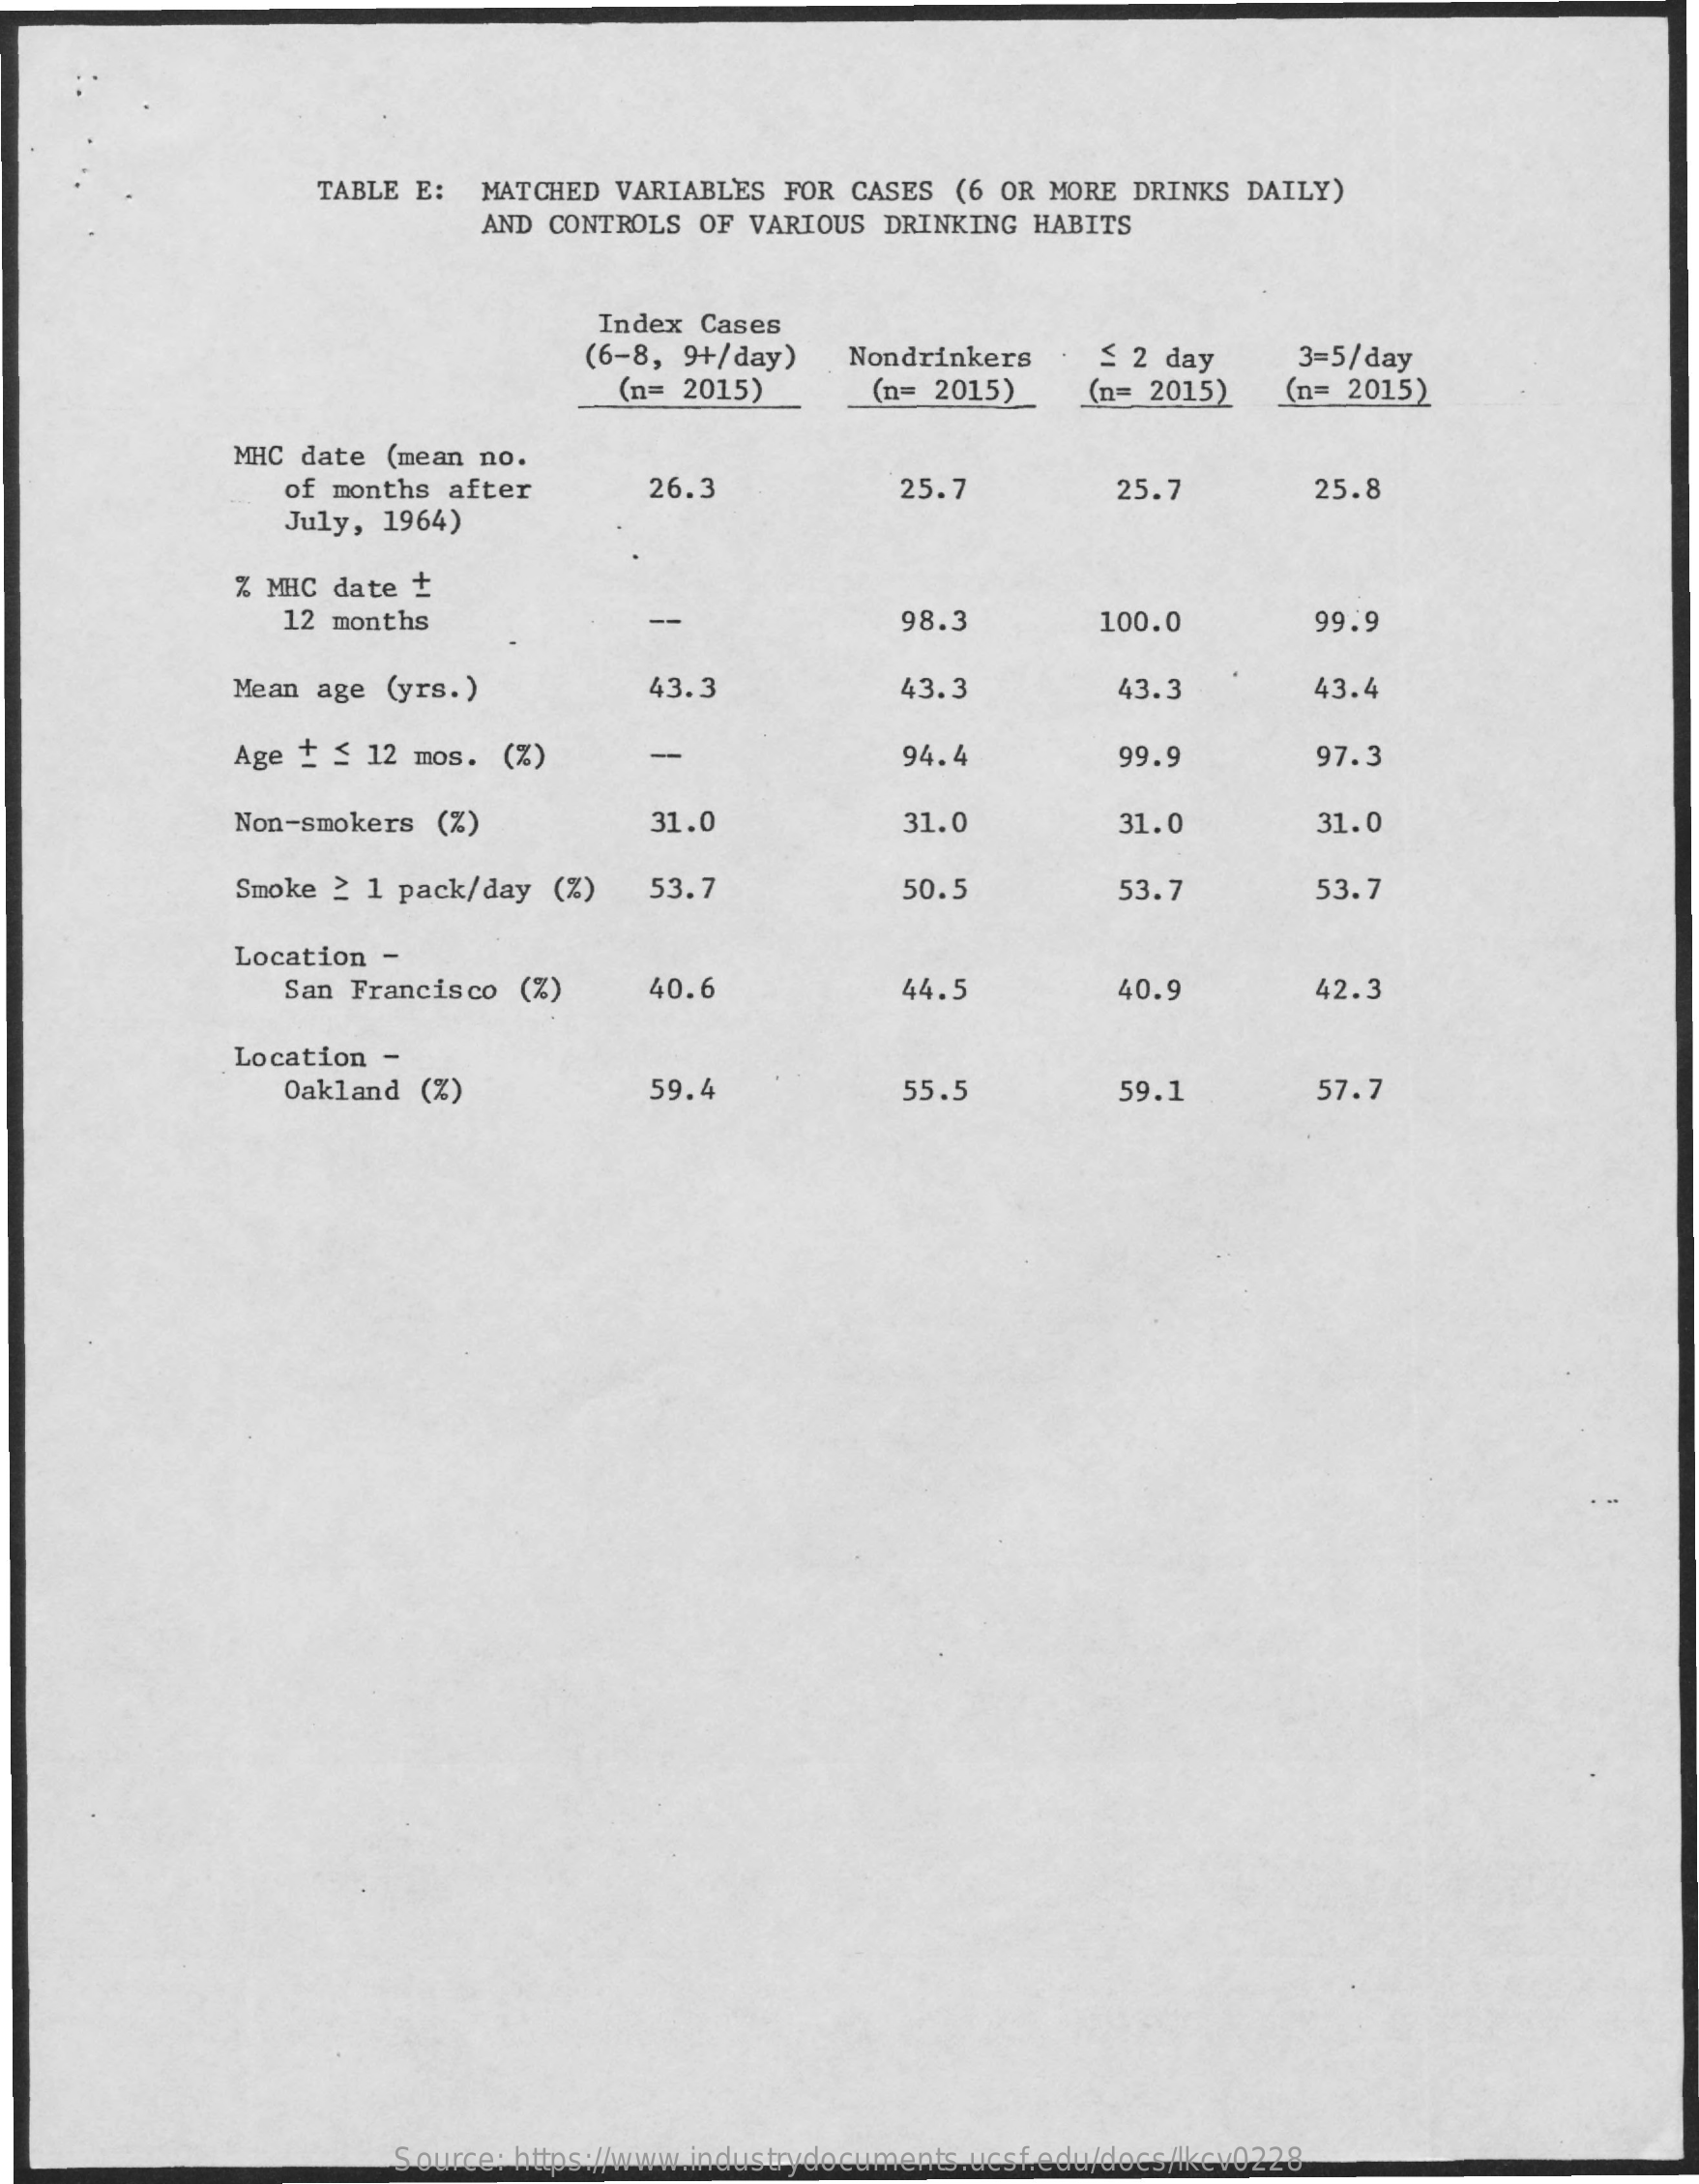
TABLE E:  MATCHED  VARIABLES  FOR CASES  (6 OR MORE  DRINKS DAILY)
     AND CONTROLS OF  VARIOUS DRINKING  HABITS
     Index Cases
     (6-8,  9+/day)   Nondrinkers    < 2 day    3=5/day
     (n= 2015)    (n= 2015)    (n= 2015)    (n= 2015)
     MHC  date (mean no.
     of months after    26.3    25.7    25.7    25.8
     July, 1964)
     % MHC  date :
     12 months    --    98.3    100.0    99.9
     Mean  age (yrs.)    43.3    43.3    43.3    43.4
     Age +  < 12 mos.  (%)    -    94.4    99.9    97.3
     Non-smokers (%)    31.0    31.0    31.0    31.0
     Smoke 2 1 pack/day  (%)   53.7    50.5    53.7    53.7
     Location  -
     San Francisco  (%)    40.6    44.5    40.9    42.3
     Location  -
     Oakland (%)    59.4    55.5    59.1    57.7
     Source: https://www.industrydocuments.ucsf.edu/docs/lkcv0228